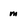
Character: m